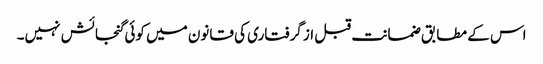
اس کے مطابق ضمانت قبل از گرفتاری کی قانون میں کوئی گنجائش نہیں۔